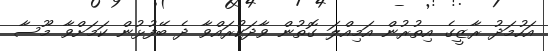
އަހުމަދު ރާޒީގެ އިތުރުން އަމިއްލަ ގޮތުން ވާދަކުރައްވާ ދެ ބޭފުޅުން ކަމަށްވާ މޫސާ